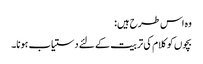
وہ اس طرح ہیں:
بچوں کو کلام کی تربیت کے لئے دستیاب ہونا۔